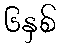
၆နှစ်